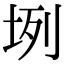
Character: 𡊻